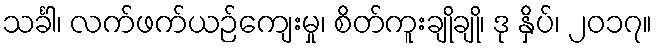
သင်္ခါ၊ လက်ဖက်ယဉ်ကျေးမှု၊ စိတ်ကူးချိုချို၊ ဒု နှိပ်၊ ၂၀၁၇။